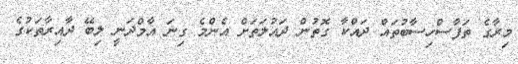
މިރާގެ ތަފާސްހިސާބުތައް ދައްކާ ގޮތުން ދައުލަތަށް އެންމެ ގިނަ އާމްދަނީ ލިބޭ ދާއިރާތަކުގެ